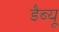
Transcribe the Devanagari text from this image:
डैब्यू